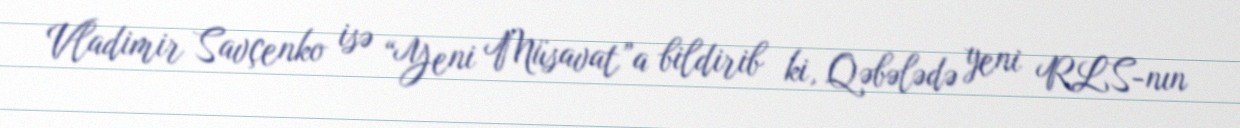
Vladimir Savçenko isə “Yeni Müsavat”a bildirib ki, Qəbələdə yeni RLS-nın